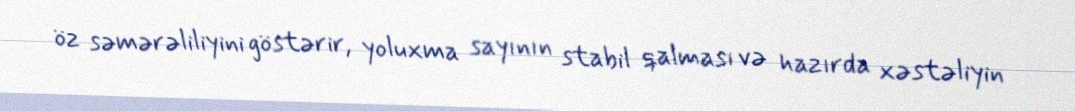
öz səmərəliliyini göstərir, yoluxma sayının stabil qalması və hazırda xəstəliyin